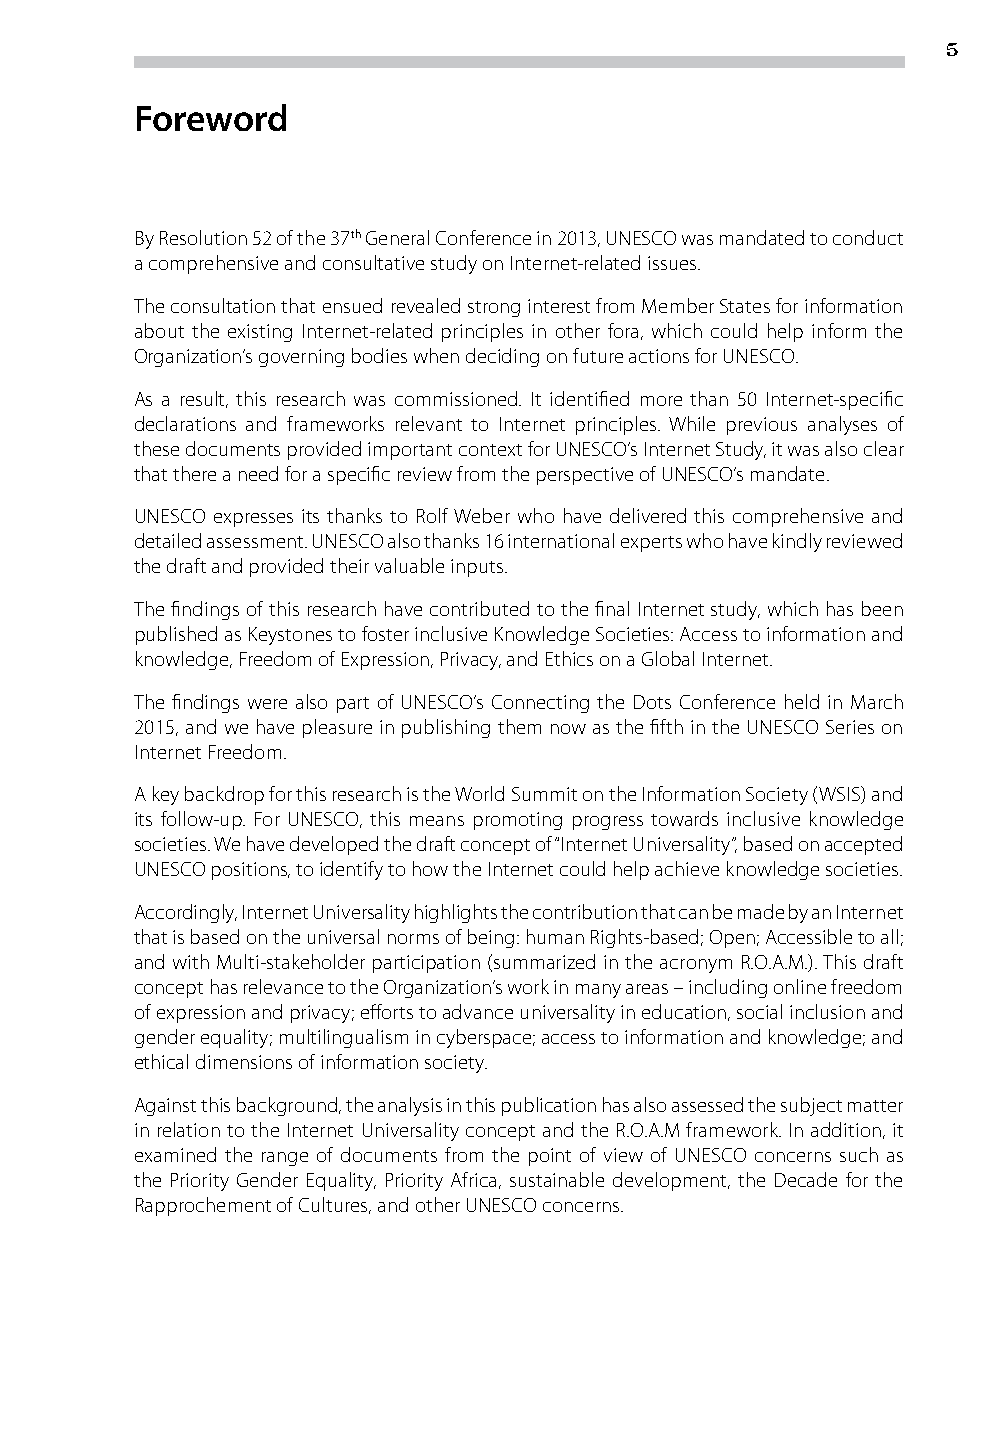
5
 Foreword
 By Resolution 52 of the 37th General Conference in 2013, UNESCO was mandated to conduct
 a comprehensive and consultative study on Internet-related issues.
 The consultation that ensued revealed strong interest from Member States for information
 about the existing Internet-related principles in other fora, which could help inform the
 Organization’s governing bodies when deciding on future actions for UNESCO.
 As a result, this research was commissioned. It identified more than 50 Internet-specific
 declarations and frameworks relevant to Internet principles. While previous analyses of
 these documents provided important context for UNESCO’s Internet Study, it was also clear
 that there a need for a specific review from the perspective of UNESCO’s mandate.
 UNESCO expresses its thanks to Rolf Weber who have delivered this comprehensive and
 detailed assessment. UNESCO also thanks 16 international experts who have kindly reviewed
 the draft and provided their valuable inputs.
 The findings of this research have contributed to the final Internet study, which has been
 published as Keystones to foster inclusive Knowledge Societies: Access to information and
 knowledge, Freedom of Expression, Privacy, and Ethics on a Global Internet.
 The findings were also part of UNESCO’s Connecting the Dots Conference held in March
 2015, and we have pleasure in publishing them now as the fifth in the UNESCO Series on
 Internet Freedom.
 A key backdrop for this research is the World Summit on the Information Society (WSIS) and
 its follow-up. For UNESCO, this means promoting progress towards inclusive knowledge
 societies. We have developed the draft concept of “Internet Universality”, based on accepted
 UNESCO positions, to identify to how the Internet could help achieve knowledge societies.
 Accordingly, Internet Universality highlights the contribution that can be made by an Internet
 that is based on the universal norms of being: human Rights-based; Open; Accessible to all;
 and with Multi-stakeholder participation (summarized in the acronym R.O.A.M.). This draft
 concept has relevance to the Organization’s work in many areas – including online freedom
 of expression and privacy; efforts to advance universality in education, social inclusion and
 gender equality; multilingualism in cyberspace; access to information and knowledge; and
 ethical dimensions of information society.
 Against this background, the analysis in this publication has also assessed the subject matter
 in relation to the Internet Universality concept and the R.O.A.M framework. In addition, it
 examined the range of documents from the point of view of UNESCO concerns such as
 the Priority Gender Equality, Priority Africa, sustainable development, the Decade for the
 Rapprochement of Cultures, and other UNESCO concerns.